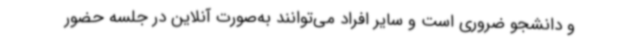
و دانشجو ضروری است و سایر افراد می‌توانند به‌صورت آنلاین در جلسه حضور